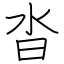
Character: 沓